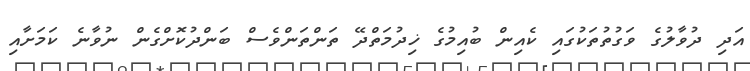
އަދި ދުވާލުގެ ވަގުތުތަކުގައި ކެއިން ބުއިމުގެ ޚިދުމަތްދޭ ތަންތަންވެސް ބަންދުކޮށްގެން ނުވާނެ ކަމަށާއި